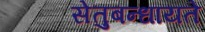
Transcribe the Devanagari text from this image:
सेतुबन्धायते